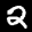
Label: 2